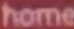
home